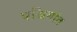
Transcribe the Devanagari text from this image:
पश्चिमांत